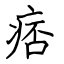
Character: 痞